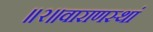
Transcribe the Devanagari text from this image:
॥२॥वाराणस्थां